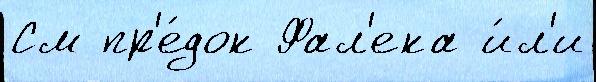
См пр'е́док Фал'ека и́л'и